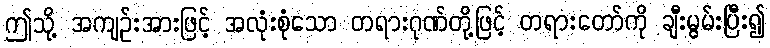
ဤသို့ အကျဉ်းအားဖြင့် အလုံးစုံသော တရားဂုဏ်တို့ဖြင့် တရားတော်ကို ချီးမွမ်းပြီး၍